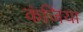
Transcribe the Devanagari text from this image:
कंजिया